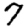
Digit: 7